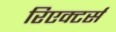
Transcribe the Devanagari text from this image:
रिएक्टर्स